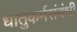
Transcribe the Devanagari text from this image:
धातुकर्मसंबंधी